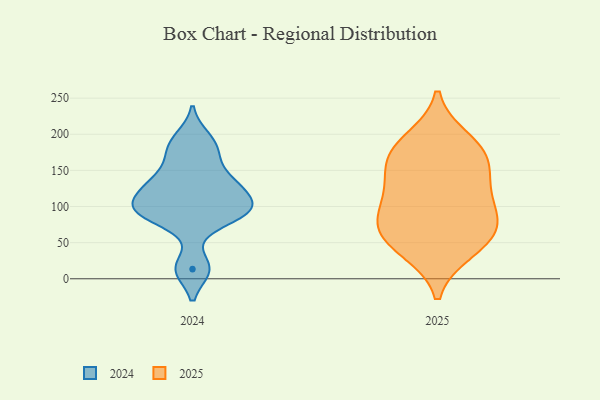
{"axis": {"x": "Waste Production (Tons)", "y": "Value"}, "legend": ["2024", "2025"], "data": [{"x": "", "y": 39, "type": "2025"}, {"x": "", "y": 67, "type": "2025"}, {"x": "", "y": 104, "type": "2025"}, {"x": "", "y": 177, "type": "2025"}, {"x": "", "y": 164, "type": "2025"}, {"x": "", "y": 94, "type": "2025"}, {"x": "", "y": 173, "type": "2025"}, {"x": "", "y": 69, "type": "2025"}, {"x": "", "y": 131, "type": "2025"}, {"x": "", "y": 72, "type": "2025"}, {"x": "", "y": 134, "type": "2025"}, {"x": "", "y": 192, "type": "2025"}, {"x": "", "y": 45, "type": "2025"}, {"x": "", "y": 130, "type": "2024"}, {"x": "", "y": 139, "type": "2024"}, {"x": "", "y": 180, "type": "2024"}, {"x": "", "y": 196, "type": "2024"}, {"x": "", "y": 95, "type": "2024"}, {"x": "", "y": 14, "type": "2024"}, {"x": "", "y": 97, "type": "2024"}, {"x": "", "y": 13, "type": "2024"}, {"x": "", "y": 93, "type": "2024"}, {"x": "", "y": 170, "type": "2024"}, {"x": "", "y": 107, "type": "2024"}, {"x": "", "y": 118, "type": "2024"}, {"x": "", "y": 90, "type": "2024"}, {"x": "", "y": 82, "type": "2024"}, {"x": "", "y": 134, "type": "2024"}]}